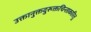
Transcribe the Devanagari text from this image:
उक्तानुक्तदुरूक्तचिन्ताकारितु